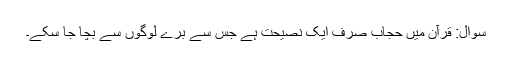
سوال: قرآن میں حجاب صرف ایک نصیحت ہے جس سے برے لوگوں سے بچا جا سکے۔